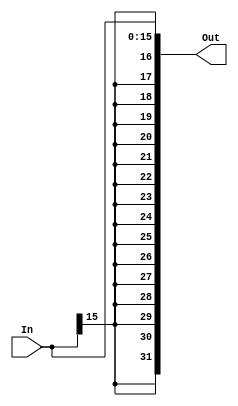
`timescale 1ns / 1ps
//////////////////////////////////////////////////////////////////////////////////
// Company: 
// Engineer: 
// 
// Design Name: 
// Module Name:    SignExtend 
// Project Name: 
// Target Devices: 
// Tool versions: 
// Description: 
//
// Dependencies: 
//
// Revision: 
// Revision 0.01 - File Created
// Additional Comments: 
//
//////////////////////////////////////////////////////////////////////////////////
module SignExtend(In,Out
    );
input [0:15] In;
output wire [0:31] Out;

assign Out={{16{In[0]}},{In}};


endmodule